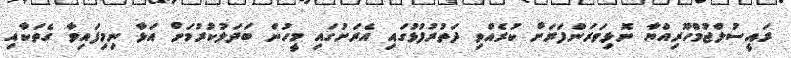
ރައީސުލްޖުމްހޫރިއްޔާ ނޮޅިވަރަންފަރަށް ކުރެއްވި ދަތުރުފުޅުގައި އެރަށުގައި މީހުން ބަދަލުކުރުމަށް އަޅާ ނިމިފައިވާ ގެތަކާއި